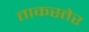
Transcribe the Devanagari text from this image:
ताकस्तेर